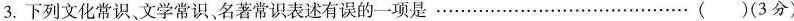
3.下列文化常识、文学常识、名著常识表述有误的一项是 ......()(3分)